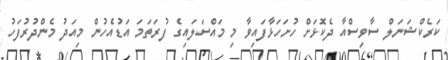
ކަރެކްޝަނަލް ސާވިސްއާ ދެކޮޅަށް ހުށަހަޅާފައިވާ މި މައްސަލައިގެ ފުރަތަމަ އަޑުއެހުން މިއަދު މެންދުރުފަހު